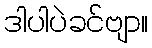
ဒါပါပဲခင်ဗျာ။